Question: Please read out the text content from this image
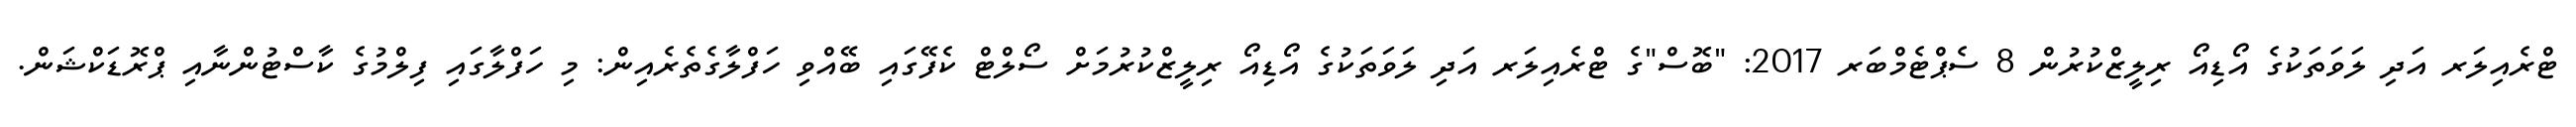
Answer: ޓްރެއިލަރ އަދި ލަވަތަކުގެ އޯޑިއޯ ރިލީޒްކުރުން 8 ސެޕްޓެމްބަރ 2017: "ބޮސް"ގެ ޓްރެއިލަރ އަދި ލަވަތަކުގެ އޯޑިއޯ ރިލީޒްކުރުމަށް ސޯލްޓް ކެފޭގައި ބޭއްވި ހަފްލާގެތެރެއިން: މި ހަފްލާގައި ފިލްމުގެ ކާސްޓުންނާއި ޕްރޮޑަކްޝަން.